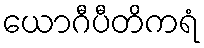
ယောဂီပီတိကရံ